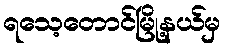
ရသေ့တောင်မြို့နယ်မှ